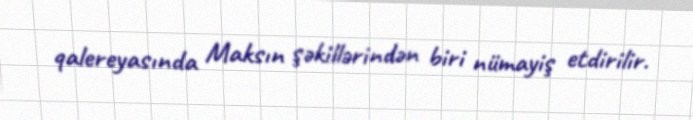
qalereyasında Maksın şəkillərindən biri nümayiş etdirilir.